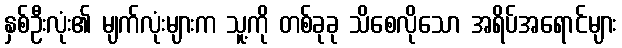
နှစ်ဦးလုံး၏ မျက်လုံးများက သူ့ကို တစ်ခုခု သိစေလိုသော အရိပ်အရောင်များ